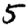
Digit: 5